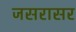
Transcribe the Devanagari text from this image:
जसरासर